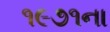
૧૯૭૧ના